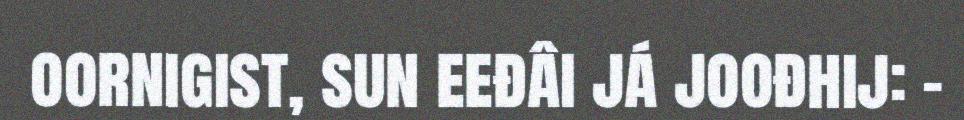
oornigist, sun eeđâi já joođhij: -